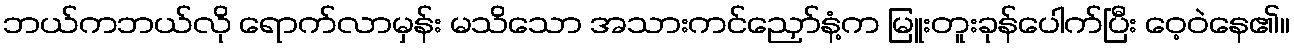
ဘယ်ကဘယ်လို ရောက်လာမှန်း မသိသော အသားကင်ညှော်နံ့က မြူးတူးခုန်ပေါက်ပြီး ဝေ့ဝဲနေ၏။